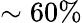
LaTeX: \sim 60\%